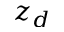
z _ { d }